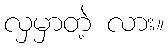
လှမှာတဲ့ လား။